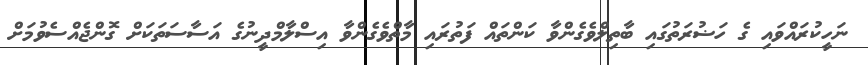
ނަހީކުރައްވައި ގެ ހަޟުރަތުގައި ބާތިލްވެގެންވާ ކަންތައް ފަތުރައި މާތްވެގެންވާ އިސްލާމްދީނުގެ އަސާސަތަކަށް ގޮންޖެއްސެވުމަށް